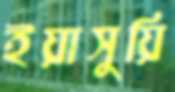
ইয়াসুয়ি